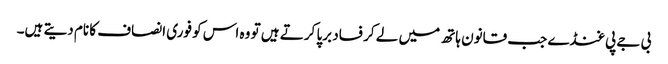
بی جے پی غنڈے جب قانون ہاتھ میں لے کر فساد برپا کرتے ہیں تو وہ اس کو فوری انصاف کا نام دیتے ہیں۔